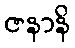
ဇနာနိ